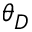
\theta _ { D }